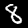
Label: 8